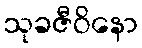
သုခဇီဝိနော